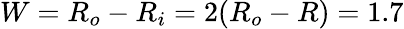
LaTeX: W=R_{o}-R_{i}=2(R_{o}-R)=1.7